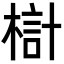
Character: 𣖟